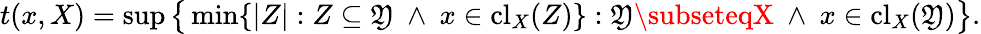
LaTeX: t(x,X)=\operatorname*{sup}{\big\{ }\operatorname*{min}\{ |Z|:Z\subseteq\mathfrak{Y}\ \wedge\ x\in\mathrm{{{cl}}}_{X}(Z)\} :\mathfrak{Y}\subseteqX\ \wedge\ x\in\mathrm{{{cl}}}_{X}(\mathfrak{Y}){\big\} }.